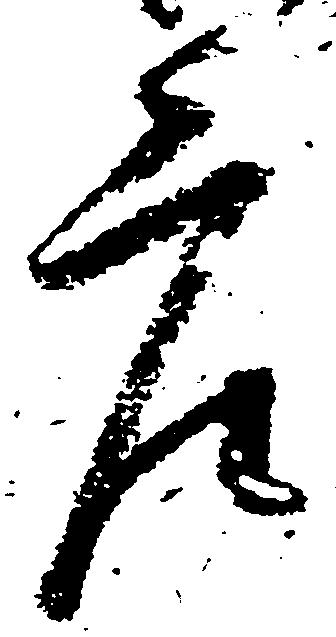
庄